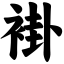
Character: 褂